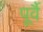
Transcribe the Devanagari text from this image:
पूर्वै